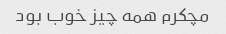
مچکرم همه چیز خوب بود